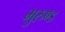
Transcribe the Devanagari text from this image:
मुरुण्ड